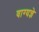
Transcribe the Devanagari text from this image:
वाग्यज्ञे